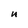
Character: n